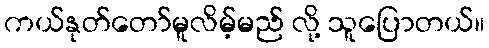
ကယ်နုတ်တော်မူလိမ့်မည် လို့ သူပြောတယ်။